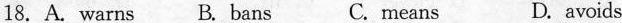
18. A. warns B. bans C. means D. avoids